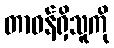
တာဝန်ရှိသူကို